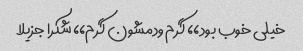
خیلی خوب بود،، گرم ودمشون گرم،، شکرا جزیلا